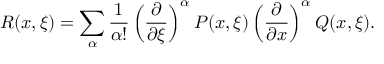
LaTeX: R ( x , \xi ) = \sum _ { \alpha } { \frac { 1 } { \alpha ! } } \left( { \frac { \partial } { \partial \xi } } \right) ^ { \alpha } P ( x , \xi ) \left( { \frac { \partial } { \partial x } } \right) ^ { \alpha } Q ( x , \xi ) .